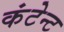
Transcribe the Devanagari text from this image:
कंटेन्ट